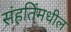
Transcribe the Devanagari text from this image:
संहतिंमधील